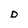
Character: D